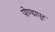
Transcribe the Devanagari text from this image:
पोण्डापुर